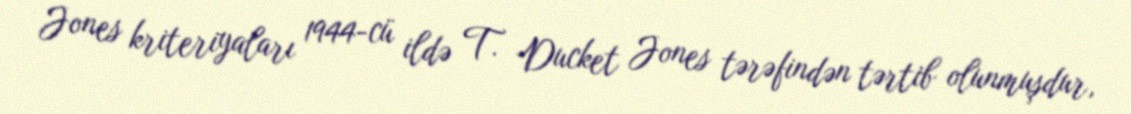
Jones kriteriyaları 1944-cü ildə T. Ducket Jones tərəfindən tərtib olunmuşdur,